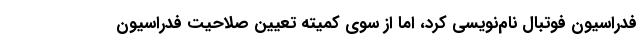
فدراسیون فوتبال نام‌نویسی کرد، اما از سوی کمیته تعیین صلاحیت فدراسیون